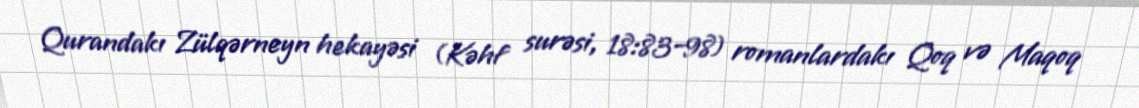
Qurandakı Zülqərneyn hekayəsi (Kəhf surəsi, 18:83–98) romanlardakı Qoq və Maqoq